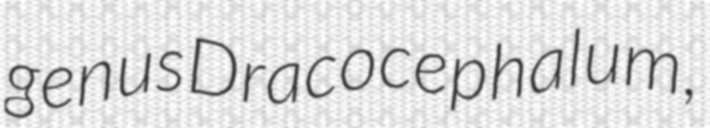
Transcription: genus Dracocephalum,